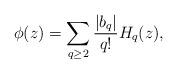
LaTeX: \begin{align*}\phi(z)= \sum_{q\geq 2} \frac{|b_q|}{q!} H_{q}(z),\end{align*}